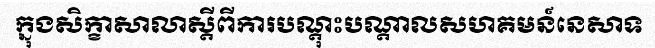
ក្នុងសិក្ខាសាលាស្តីពីការបណ្តុះបណ្តាលសហគមន៍នេសាទ